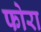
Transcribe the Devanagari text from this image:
फोरा